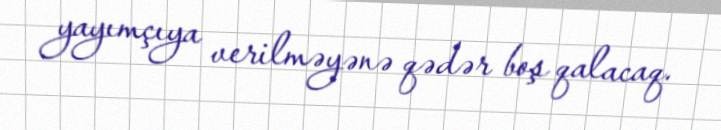
yayımçıya verilməyənə qədər boş qalacaq.